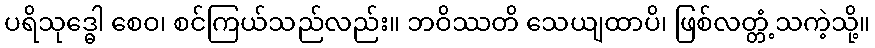
ပရိသုဒ္ဓေါ စေဝ၊ စင်ကြယ်သည်လည်း။ ဘဝိဿတိ သေယျထာပိ၊ ဖြစ်လတ္တံ့သကဲ့သို့။